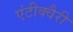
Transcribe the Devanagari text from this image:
एंटीक्वैरी